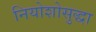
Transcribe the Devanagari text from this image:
नियोशोसुद्धा